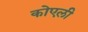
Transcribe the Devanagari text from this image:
कोएली